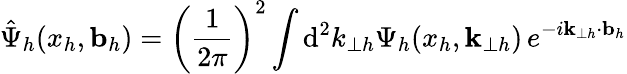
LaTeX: \hat{\Psi}_{h}(x_{h},{\mathbf b}_{h})=\left(\frac{1}{2\pi}\right)^{2}\int\mathrm{d}^{2}k_{\perp h}\Psi_{h}(x_{h},{\mathbf k}_{\perp h})\, e^{-i{\mathbf k}_{\perp h}\cdot{\mathbf b}_{h}}